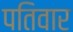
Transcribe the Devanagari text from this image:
पतिवार